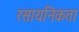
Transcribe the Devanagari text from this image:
रसायनिकता